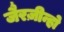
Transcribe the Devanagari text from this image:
जैरज़ीन्हो